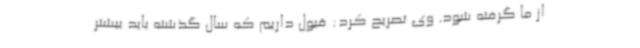
از ما گرفته شود. وی تصریح کرد: قبول داریم که سال گذشته باید بیشتر